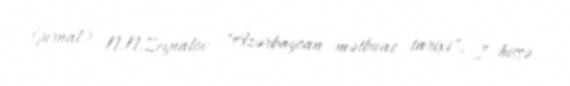
(jurnal) N.N.Zeynalov "Azərbaycan mətbuat tarixi", I hissə.